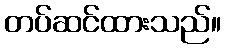
တပ်ဆင်ထားသည်။